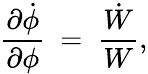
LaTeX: {\frac{\partial\dot{\phi}}{\partial\phi}}~=~{\frac{\dot{W}}{W}},